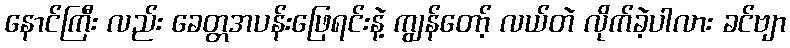
နောင်ကြီး လည်း ခေတ္တအပန်းဖြေရင်းနဲ့ ကျွန်တော့် လယ်တဲ လိုက်ခဲ့ပါလား ခင်ဗျာ